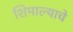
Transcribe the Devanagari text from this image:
शिमाल्याचे